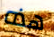
هذه